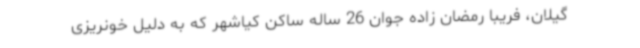
گیلان، فریبا رمضان زاده جوان 26 ساله ساکن کیاشهر که به دلیل خونریزی